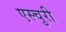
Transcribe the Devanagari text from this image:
एस्चुरी